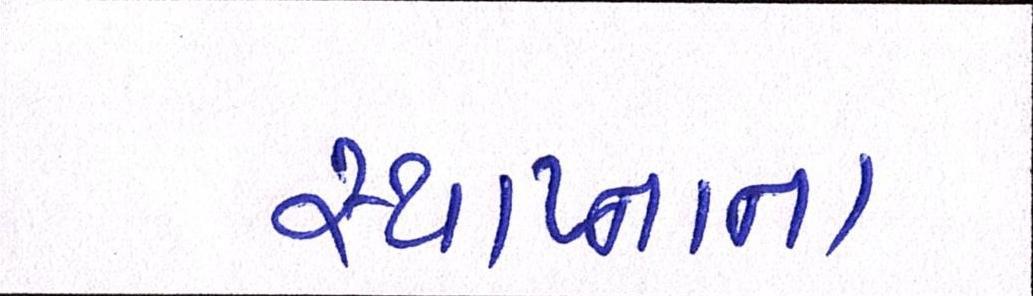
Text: સ્થાપ્નાના